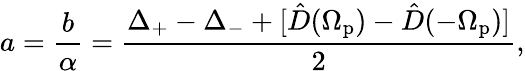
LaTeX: a=\frac{b}{\alpha}=\frac{\Delta_{+}-\Delta_{-}+[\hat{D}(\Omega_{\mathrm{p}})-\hat{D}(-\Omega_{\mathrm{p}})]}{2},